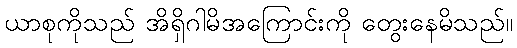
ယာစုကိုသည် အိရှိဂါမိအကြောင်းကို တွေးနေမိသည်။